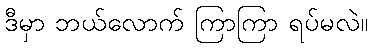
ဒီမှာ ဘယ်လောက် ကြာကြာ ရပ်မလဲ။